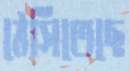
ঠেসিতেছে